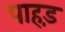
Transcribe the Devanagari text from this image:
पाहड़